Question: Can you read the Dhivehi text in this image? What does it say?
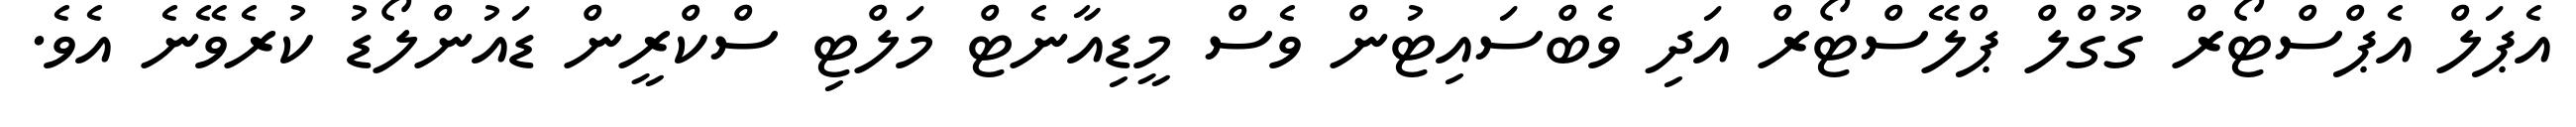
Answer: އެޕަލް އެޕްސްޓޯރް ގޫގްލް ޕްލޭސްޓޯރް އަދި ވެބްސައިޓުން ވެސް މީޑިއާނެޓް މަލްޓި ސްކްރީން ޑައުންލޯޑު ކުރެވޭނެ އެވެ.